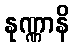
နုဏ္ဏာနိ